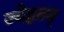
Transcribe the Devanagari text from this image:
ज्येष्ठतम्